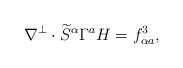
LaTeX: \begin{align*}\nabla^\perp\cdot\widetilde{S}^\alpha\Gamma^a H=f^3_{\alpha a},\end{align*}